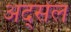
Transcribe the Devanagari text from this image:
अद्सेल